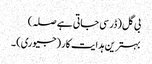
بی گل (ڈر سی جاتی ہے صلہ)
بہترین ہدایت کار (جیوری) ۔